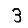
Digit: 3